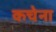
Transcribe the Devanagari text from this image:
कचेना